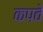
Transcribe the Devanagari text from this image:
कपवे